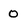
Character: 0